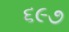
૬૯૭